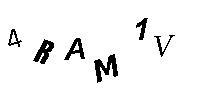
4RAM1V